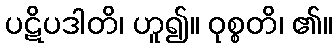
ပဋိပဒါတိ၊ ဟူ၍။ ဝုစ္စတိ၊ ၏။